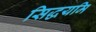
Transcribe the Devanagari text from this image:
सिद्धयमि